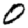
Digit: 0